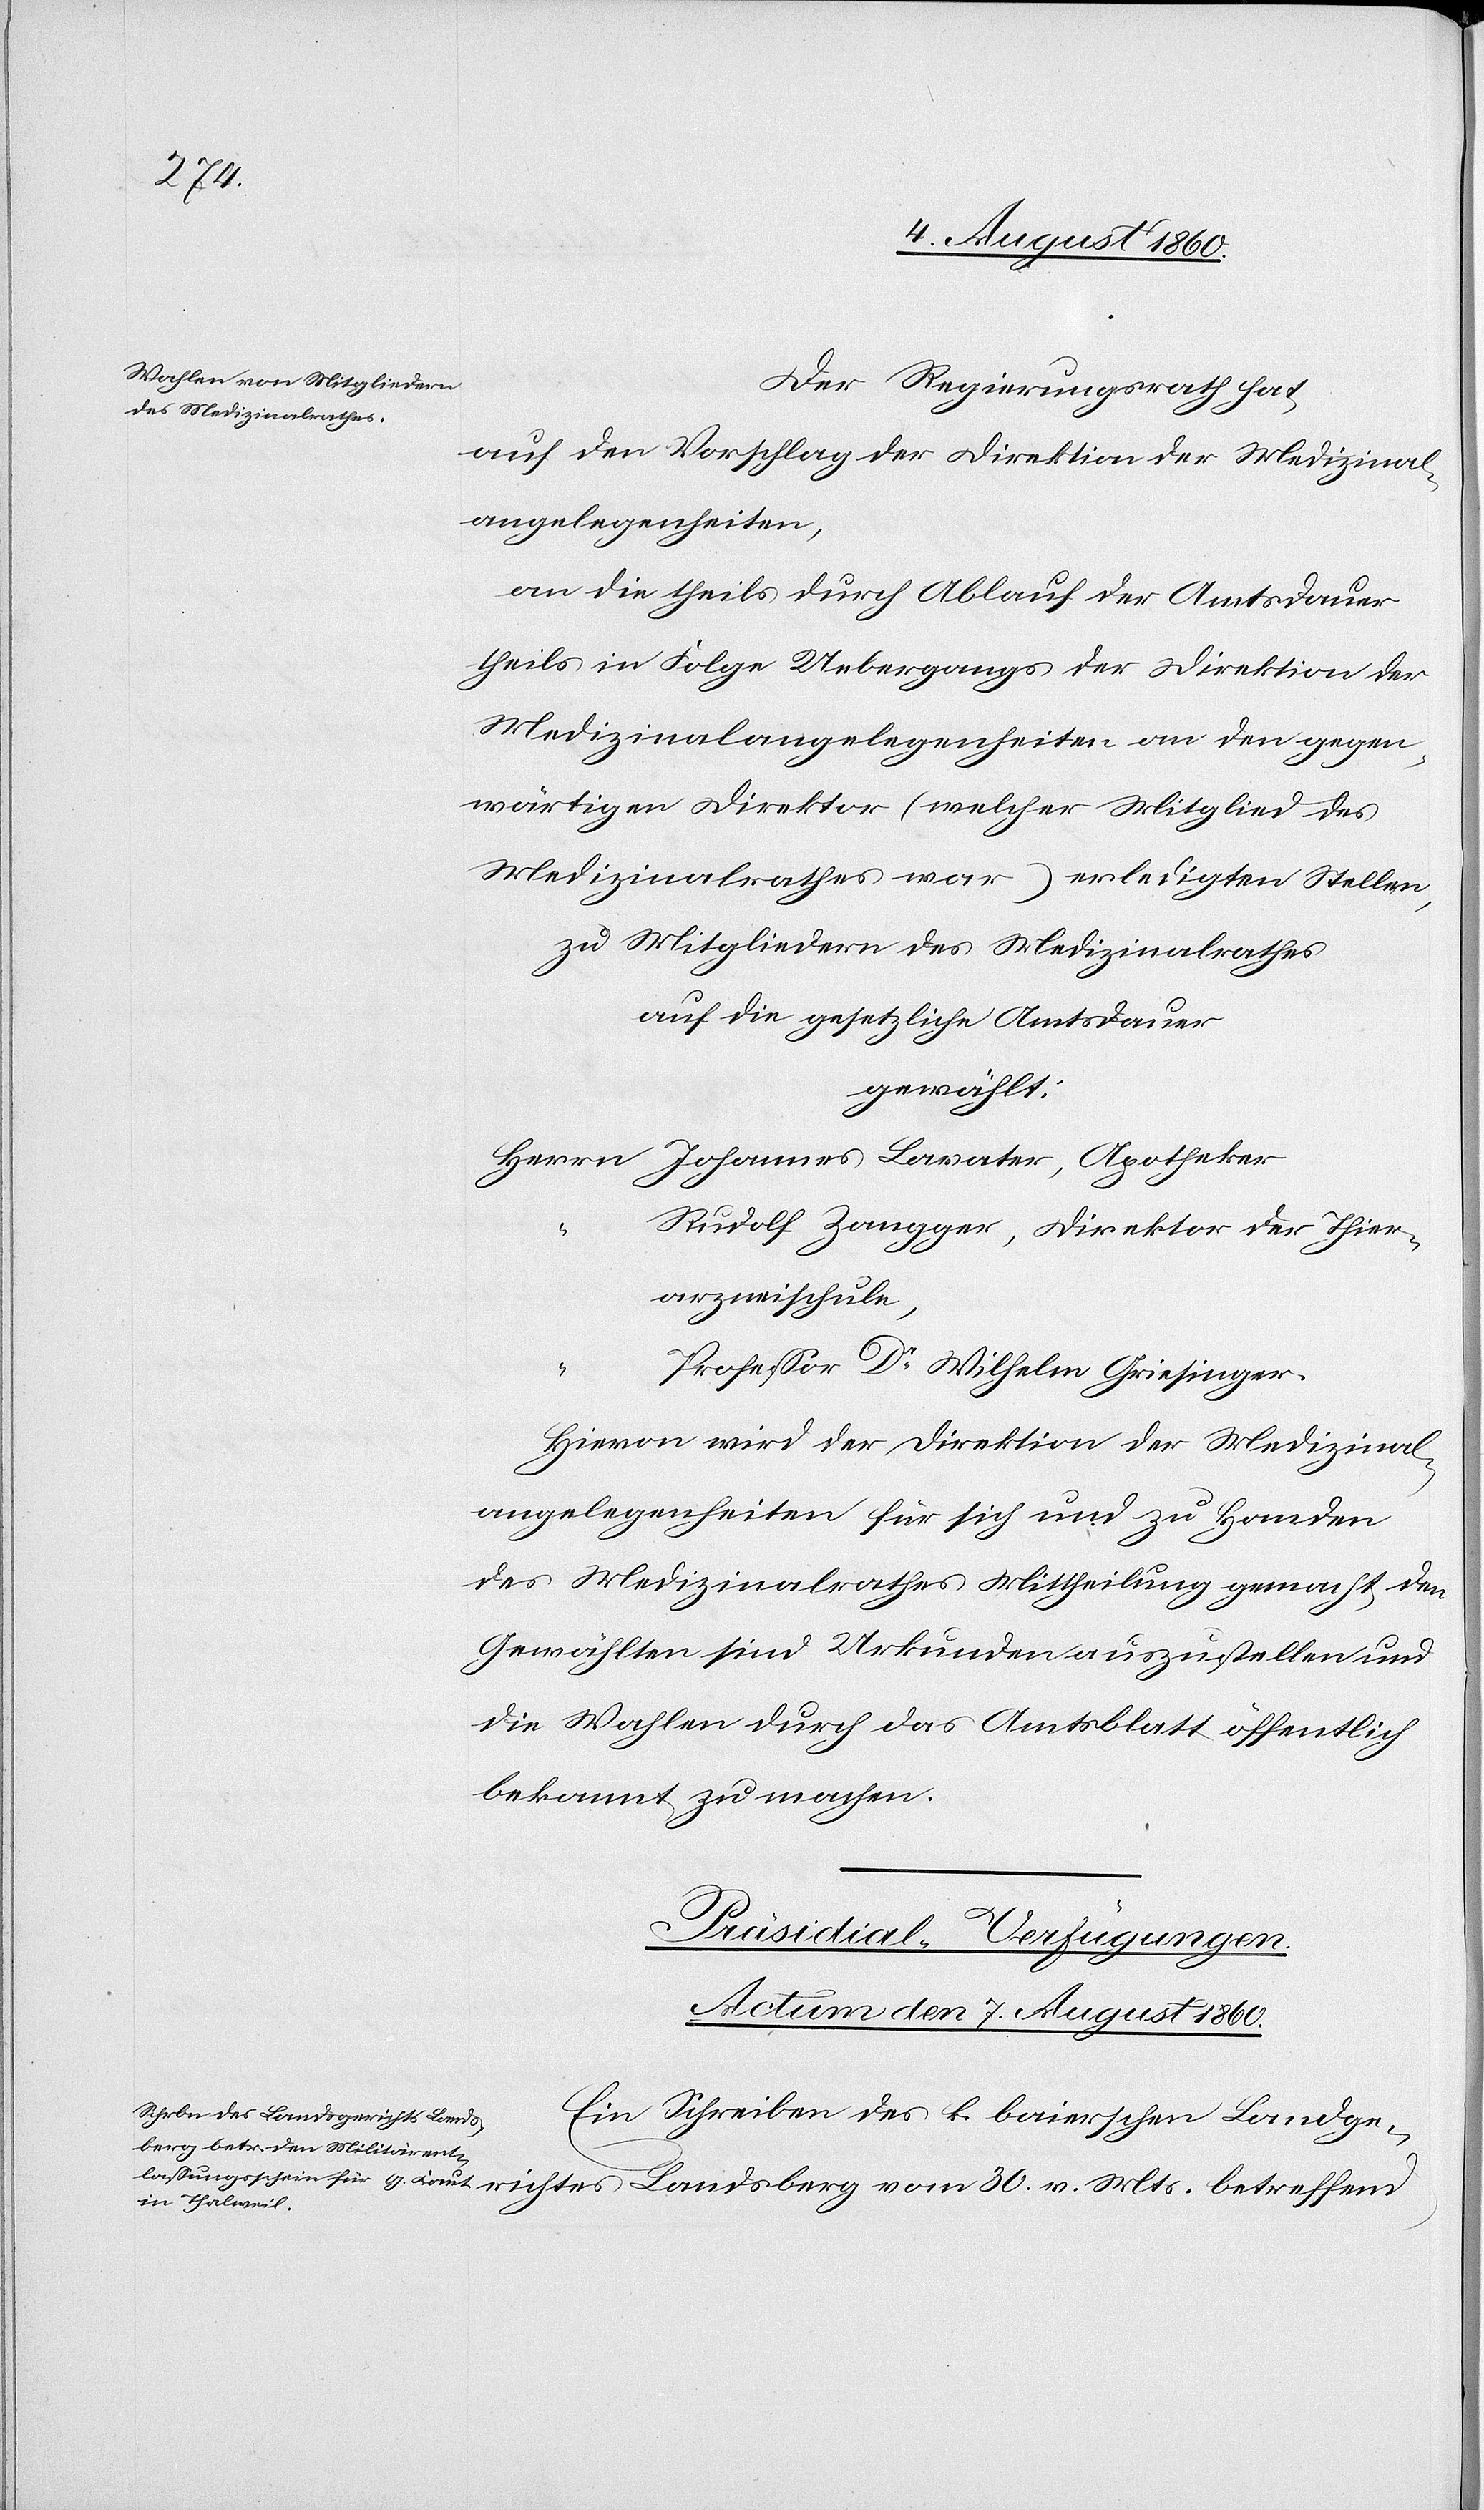
Der Regierungsrath hat,
auf den Vorschlag der Direktion der Medizinal¬
angelegenheiten,
an die theils durch Ablauf der Amtsdauer,
theils in Folge Uebergangs der Direktion der
Medizinalangelegenheiten an den gegen¬
wärtigen Direktor, (welcher Mitglied des
Medizinalrathes war) erledigten Stellen,
zu Mitgliedern des Medizinalrathes
auf die gesetzliche Amtsdauer
gewählt:
Herrn Johannes Lavater, Apotheker,
Rudolf Zangger, Direktor der Thier¬
v.
arzneischule.
Professor Dr. Wilhelm Griesinger.
Hievon wird der Direktion der Medizinal¬
angelgenheiten für sich und zu Handen
des Medizinalrathes Mittheilung gemacht, den
Gewählten sind Urkunden auszustellen und
die Wahlen durch das Amtsblatt öffentlich
bekannt zu machen.
Präsidial-Verfügungen.
Actum, den 7t August 1860.
Ein Schreiben des k. bayrischen Landge¬
betreffend